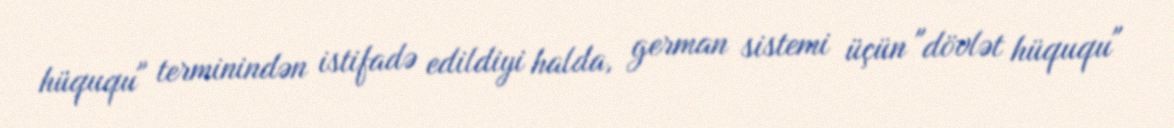
hüququ" terminindən istifadə edildiyi halda, german sistemi üçün "dövlət hüququ"